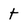
Character: t